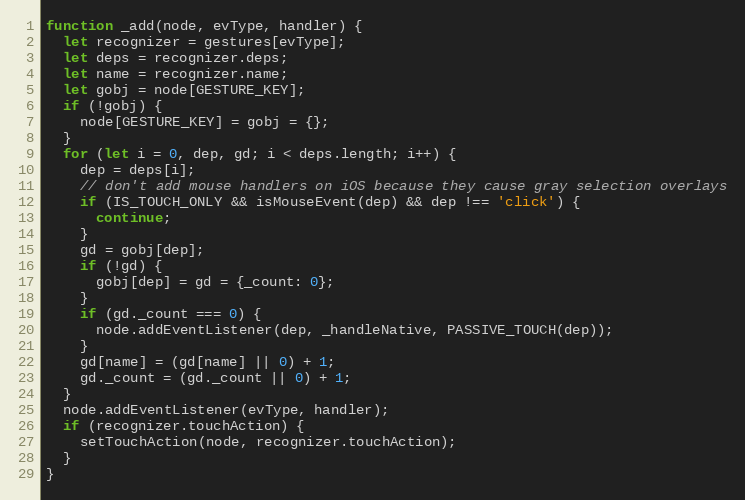
Language: JavaScript
function _add(node, evType, handler) {
  let recognizer = gestures[evType];
  let deps = recognizer.deps;
  let name = recognizer.name;
  let gobj = node[GESTURE_KEY];
  if (!gobj) {
    node[GESTURE_KEY] = gobj = {};
  }
  for (let i = 0, dep, gd; i < deps.length; i++) {
    dep = deps[i];
    // don't add mouse handlers on iOS because they cause gray selection overlays
    if (IS_TOUCH_ONLY && isMouseEvent(dep) && dep !== 'click') {
      continue;
    }
    gd = gobj[dep];
    if (!gd) {
      gobj[dep] = gd = {_count: 0};
    }
    if (gd._count === 0) {
      node.addEventListener(dep, _handleNative, PASSIVE_TOUCH(dep));
    }
    gd[name] = (gd[name] || 0) + 1;
    gd._count = (gd._count || 0) + 1;
  }
  node.addEventListener(evType, handler);
  if (recognizer.touchAction) {
    setTouchAction(node, recognizer.touchAction);
  }
}